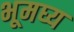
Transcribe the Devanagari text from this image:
भूमघ्य